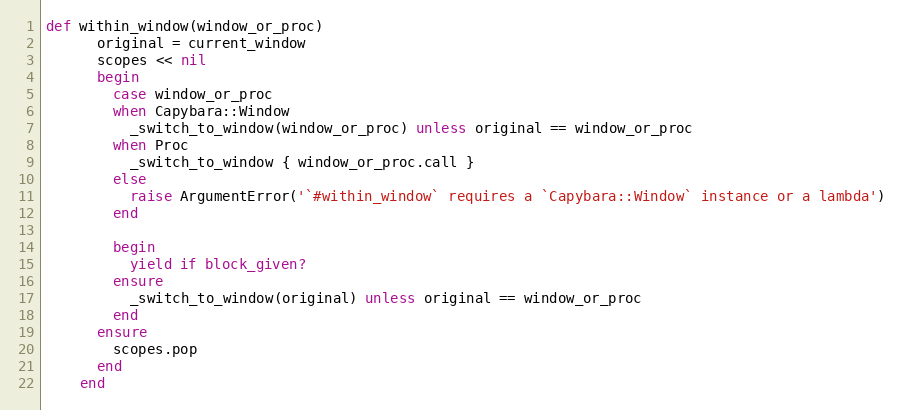
Language: Ruby
def within_window(window_or_proc)
      original = current_window
      scopes << nil
      begin
        case window_or_proc
        when Capybara::Window
          _switch_to_window(window_or_proc) unless original == window_or_proc
        when Proc
          _switch_to_window { window_or_proc.call }
        else
          raise ArgumentError('`#within_window` requires a `Capybara::Window` instance or a lambda')
        end

        begin
          yield if block_given?
        ensure
          _switch_to_window(original) unless original == window_or_proc
        end
      ensure
        scopes.pop
      end
    end